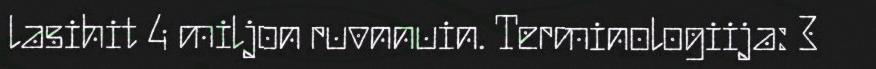
lasihit 4 miljon ruvnnuin. Terminologiija: 3